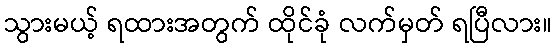
သွားမယ့် ရထားအတွက် ထိုင်ခုံ လက်မှတ် ရပြီလား။